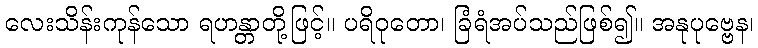
လေးသိန်းကုန်သော ရဟန္တာတို့ဖြင့်။ ပရိဝုတော၊ ခြံရံအပ်သည်ဖြစ်၍။ အနုပုဗ္ဗေန၊